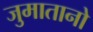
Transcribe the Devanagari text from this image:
जुमातानो